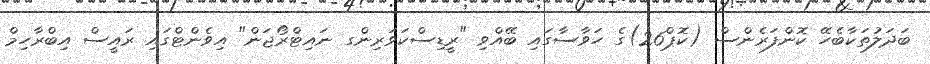
ބަދަލުތަކާބެހޭ ކޮންފަރެންސް (ކޮޕް26)ގެ ހަވާސާގައި ބޭއްވި "ރީޑިސްކަވަރިންގ ނައިޓްރޯޖަން" އިވެންޓްގައި ރައީސް އިބްރާހިމް